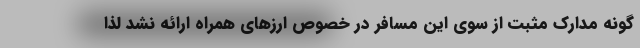
گونه مدارک مثبت از سوی این مسافر در خصوص ارزهای همراه ارائه نشد لذا